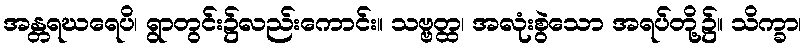
အန္တရဃရေပိ၊ ရွာတွင်း၌လည်းကောင်း။ သဗ္ဗတ္ထ၊ အလုံးစွဲသော အရပ်တို့၌။ သိက္ခာ၊